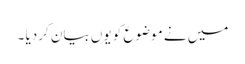
میں نے موضوع کو یوں بیان کردیا ۔